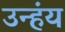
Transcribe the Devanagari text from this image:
उन्हंय